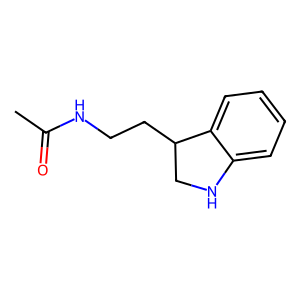
SMILES: CC(=O)NCCC1CNc2ccccc21
Inhibits HIV replication: No